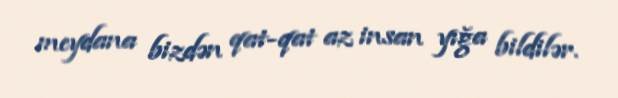
meydana bizdən qat-qat az insan yığa bildilər.